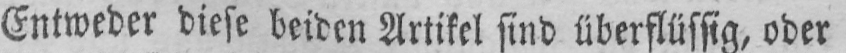
Entweder diese beiden Artikel sind überflüssig, oder